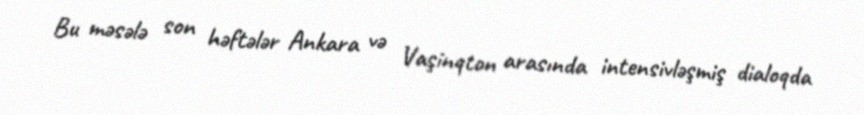
Bu məsələ son həftələr Ankara və Vaşinqton arasında intensivləşmiş dialoqda